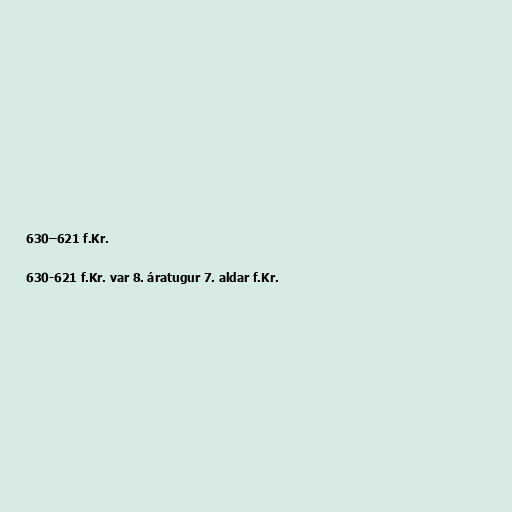
630–621 f.Kr.

630-621 f.Kr. var 8. áratugur 7. aldar f.Kr.